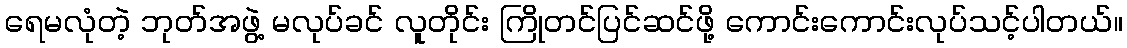
ရေမလုံတဲ့ ဘုတ်အဖွဲ့ မလုပ်ခင် လူတိုင်း ကြိုတင်ပြင်ဆင်ဖို့ ကောင်းကောင်းလုပ်သင့်ပါတယ်။